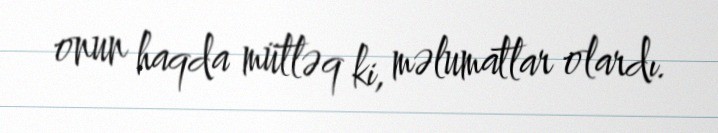
onun haqda mütləq ki, məlumatlar olardı.